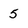
Character: 5